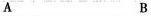
A B